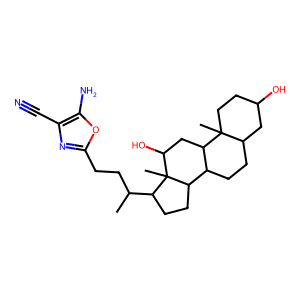
SMILES: CC(CCc1nc(C#N)c(N)o1)C1CCC2C3CCC4CC(O)CCC4(C)C3CC(O)C12C
Inhibits HIV replication: No